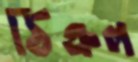
ঠিক্‌রল